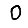
Digit: 0